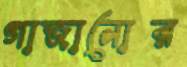
গাজানোর